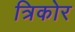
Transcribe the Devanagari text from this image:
त्रिकोर